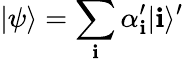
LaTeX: |\psi\rangle=\sum_{\mathbf{i}}\alpha_{\mathbf{i}}^{\prime}|\mathbf{i}\rangle^{\prime}